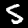
Label: 5